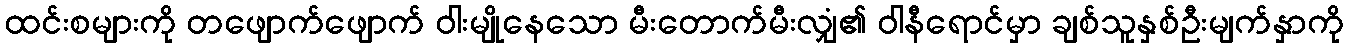
ထင်းစများကို တဖျောက်ဖျောက် ဝါးမျိုနေသော မီးတောက်မီးလျှံ၏ ဝါနီရောင်မှာ ချစ်သူနှစ်ဦးမျက်နှာကို